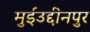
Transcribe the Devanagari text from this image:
मुईउद्दीनपुर